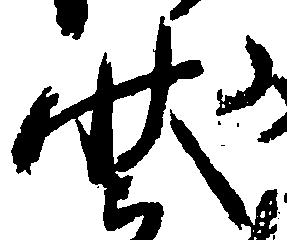
状